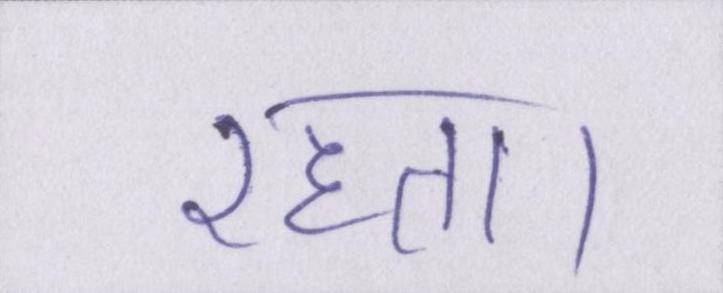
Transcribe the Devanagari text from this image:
रहता।